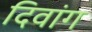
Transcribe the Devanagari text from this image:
दिवांग